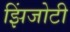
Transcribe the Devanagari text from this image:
झिंजोटी